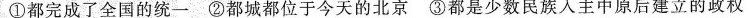
①都完成了全国的统一 ②都城都位于今天的北京 ③都是少数民族人主中原后建立的政权